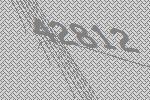
42812